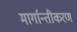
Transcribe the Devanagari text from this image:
मार्गान्तीकरण